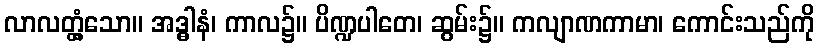
လာလတ္တံ့သော။ အဒ္ဓါနံ၊ ကာလ၌။ ပိဏ္ဍပါတေ၊ ဆွမ်း၌။ ကလျာဏကာမာ၊ ကောင်းသည်ကို